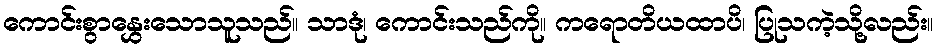
ကောင်းစွာနွှေးသောသူသည်။ သာဒုံ၊ ကောင်းသည်ကို။ ကရောတိယထာပိ၊ ပြုသကဲ့သို့လည်း။